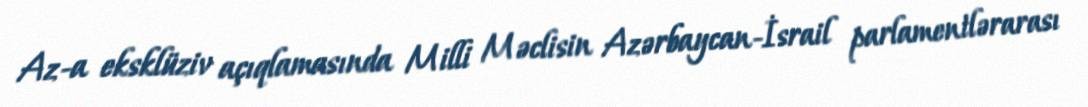
Az-a eksklüziv açıqlamasında Milli Məclisin Azərbaycan-İsrail parlamentlərarası